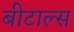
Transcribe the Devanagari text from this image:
बीटाल्स